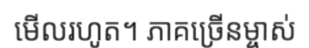
មើលរហូត។ ភាគច្រើនម្ចាស់